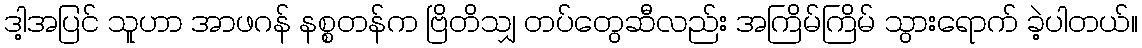
ဒါ့အပြင် သူဟာ အာဖဂန် နစ္စတန်က ဗြိတိသျှ တပ်တွေဆီလည်း အကြိမ်ကြိမ် သွားရောက် ခဲ့ပါတယ်။